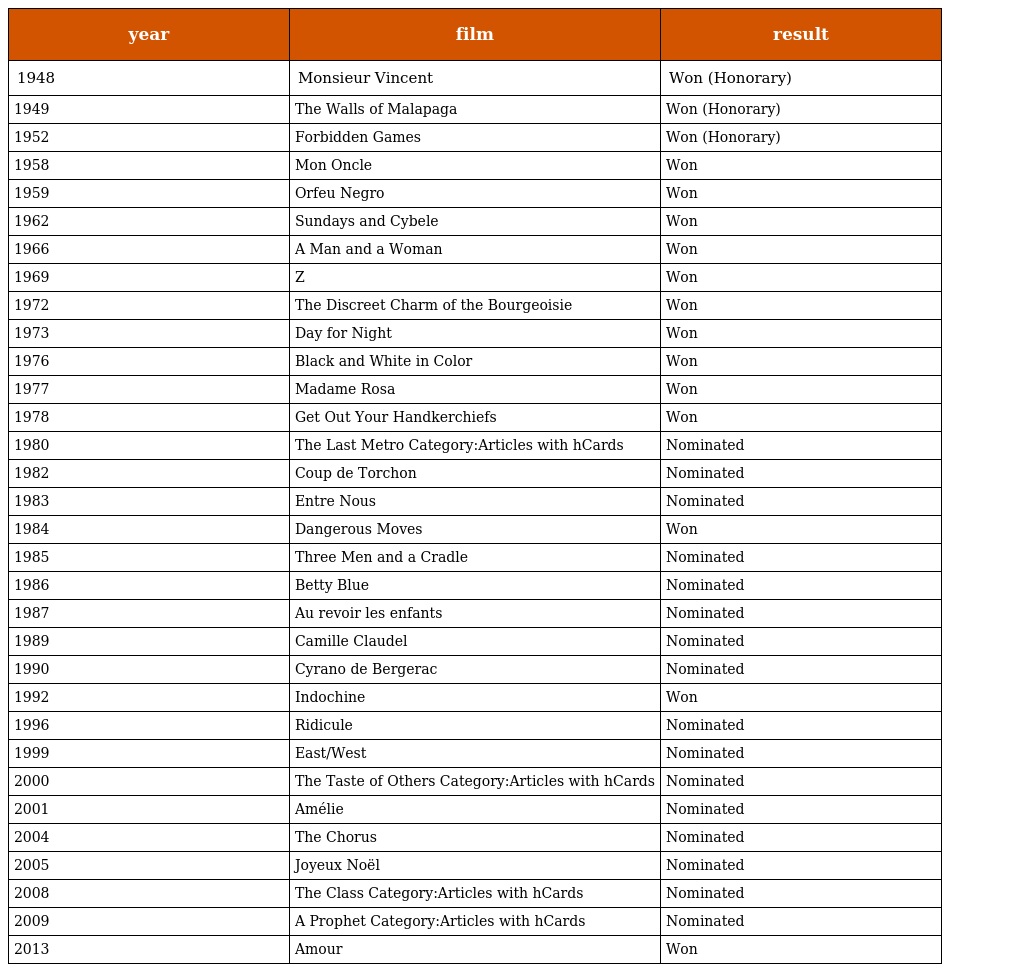
| year | film | result |
 | --- | --- | --- |
 | 1948 | Monsieur Vincent | Won (Honorary) |
 | 1949 | The Walls of Malapaga | Won (Honorary) |
 | 1952 | Forbidden Games | Won (Honorary) |
 | 1958 | Mon Oncle | Won |
 | 1959 | Orfeu Negro | Won |
 | 1962 | Sundays and Cybele | Won |
 | 1966 | A Man and a Woman | Won |
 | 1969 | Z | Won |
 | 1972 | The Discreet Charm of the Bourgeoisie | Won |
 | 1973 | Day for Night | Won |
 | 1976 | Black and White in Color | Won |
 | 1977 | Madame Rosa | Won |
 | 1978 | Get Out Your Handkerchiefs | Won |
 | 1980 | The Last Metro Category:Articles with hCards | Nominated |
 | 1982 | Coup de Torchon | Nominated |
 | 1983 | Entre Nous | Nominated |
 | 1984 | Dangerous Moves | Won |
 | 1985 | Three Men and a Cradle | Nominated |
 | 1986 | Betty Blue | Nominated |
 | 1987 | Au revoir les enfants | Nominated |
 | 1989 | Camille Claudel | Nominated |
 | 1990 | Cyrano de Bergerac | Nominated |
 | 1992 | Indochine | Won |
 | 1996 | Ridicule | Nominated |
 | 1999 | East/West | Nominated |
 | 2000 | The Taste of Others Category:Articles with hCards | Nominated |
 | 2001 | Amélie | Nominated |
 | 2004 | The Chorus | Nominated |
 | 2005 | Joyeux Noël | Nominated |
 | 2008 | The Class Category:Articles with hCards | Nominated |
 | 2009 | A Prophet Category:Articles with hCards | Nominated |
 | 2013 | Amour | Won |